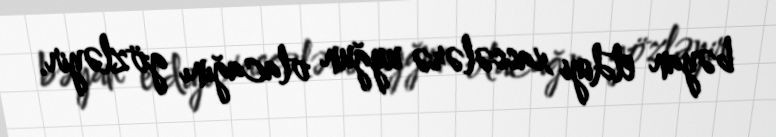
bəyan etdiyi xassələrə uyğun olacağını gözləyir.